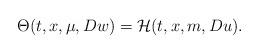
LaTeX: \begin{align*}\Theta(t,x,\mu,Dw)=\mathcal{H}(t,x,m,Du).\end{align*}